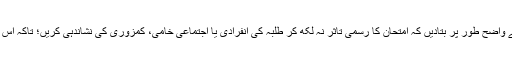
اچھے باذوق مدرسین کو مدعوکریں اور بہ وقت امتحان ان سے واضح طور پر بتادیں کہ امتحان کا رسمی تاثر نہ لکھ کر طلبہ کی انفرادی یا اجتماعی خامی، کمزوری کی نشاندہی کریں؛ تاکہ اس کے ازالہ کی مثبت کوشش بآسانی اساتذہٴ کرام انجام دے سکیں۔